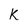
Character: K